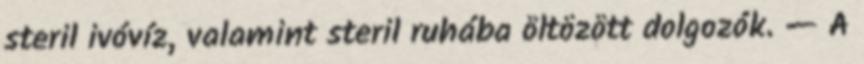
steril ivóvíz, valamint steril ruhába öltözött dolgozók. — A